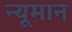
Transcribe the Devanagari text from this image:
न्यूमान